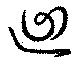
迴